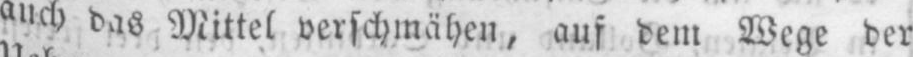
auch das Mittel verschmähen, auf dem Wege der